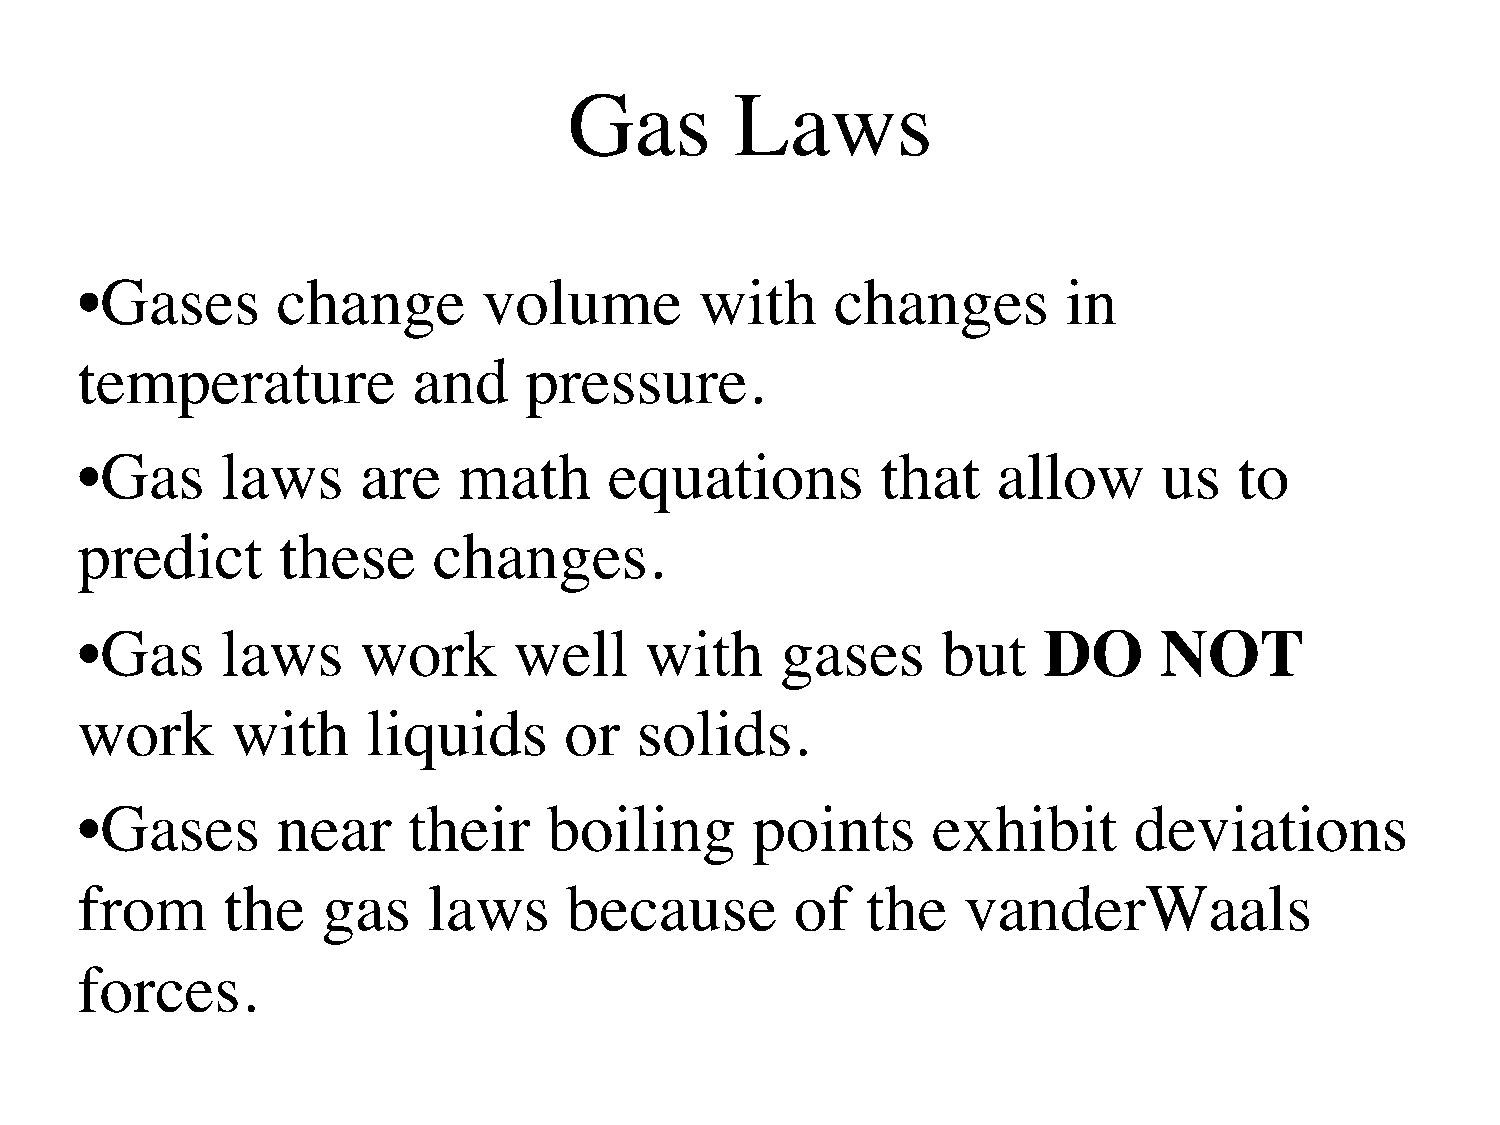
Gas        Laws
 • Gases      change        volume        with     changes         in
 temperature           and     pressure.
 • Gas     laws     are   math      equations         that    allow      us   to
 predict      these      changes.
 • Gas     laws     work      well     with     gases     but    DO      NOT
 work      with     liquids      or   solids.
 • Gases      near     their    boiling       points      exhibit      deviations
 from      the   gas    laws     because         of  the    vanderWaals
 forces.